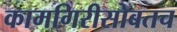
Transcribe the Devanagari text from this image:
कामगिरीसोबतच